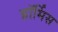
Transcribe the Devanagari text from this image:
हॉर्मिस